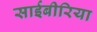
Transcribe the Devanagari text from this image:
साईबीरिया